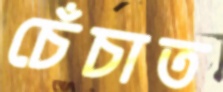
চেঁচাত